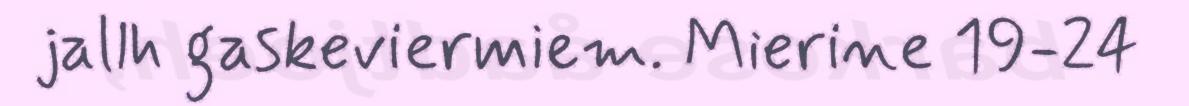
jallh gaskeviermiem. Mierine 19-24